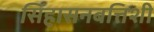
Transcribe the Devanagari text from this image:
सिंहासनबत्तिशी